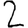
Digit: 2